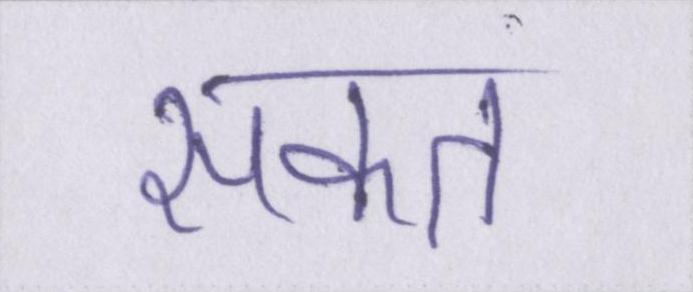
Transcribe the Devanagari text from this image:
सकत